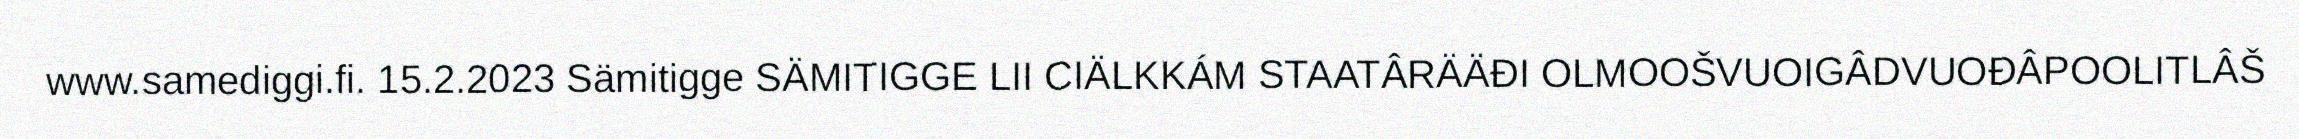
www.samediggi.fi. 15.2.2023 Sämitigge SÄMITIGGE LII CIÄLKKÁM STAATÂRÄÄĐI OLMOOŠVUOIGÂDVUOĐÂPOOLITLÂŠ